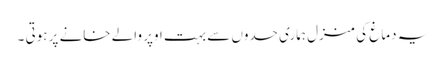
یہ دماغ کی منزل ہماری حدوں سے بہت اوپر والے خانے پر ہوتی ۔